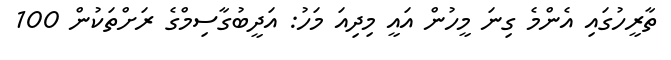
ތާރީހުގައި އެންމެ ގިނަ މީހުން އައީ މިދިއަ މަހު: އަދީބުގާސިމްގެ ރަށްތަކުން 100